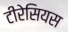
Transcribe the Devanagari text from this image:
टीरेसियस